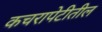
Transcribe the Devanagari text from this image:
कचरापेटीतील